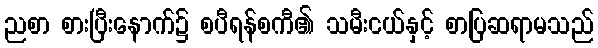
ညစာ စားပြီးနောက်၌ စပီရန်စကီ၏ သမီးငယ်နှင့် စာပြဆရာမသည်